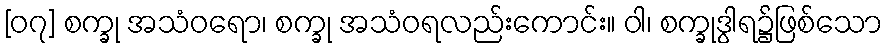
[၀၇] စက္ခု အသံဝရော၊ စက္ခု အသံဝရလည်းကောင်း။ ဝါ၊ စက္ခုဒွါရ၌ဖြစ်သော